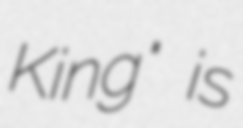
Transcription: King" is